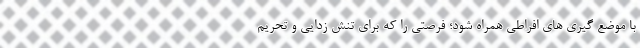
با موضع گیری های افراطی همراه شود؛ فرصتی را که برای تنش زدایی و تحریم